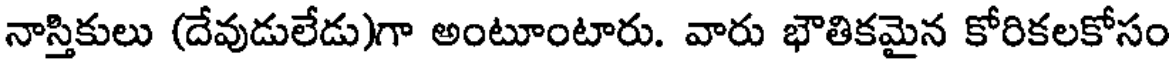
నాస్తికులు (దేవుడులేడు)గా అంటూంటారు. వారు భౌతికమైన కోరికలకోసం